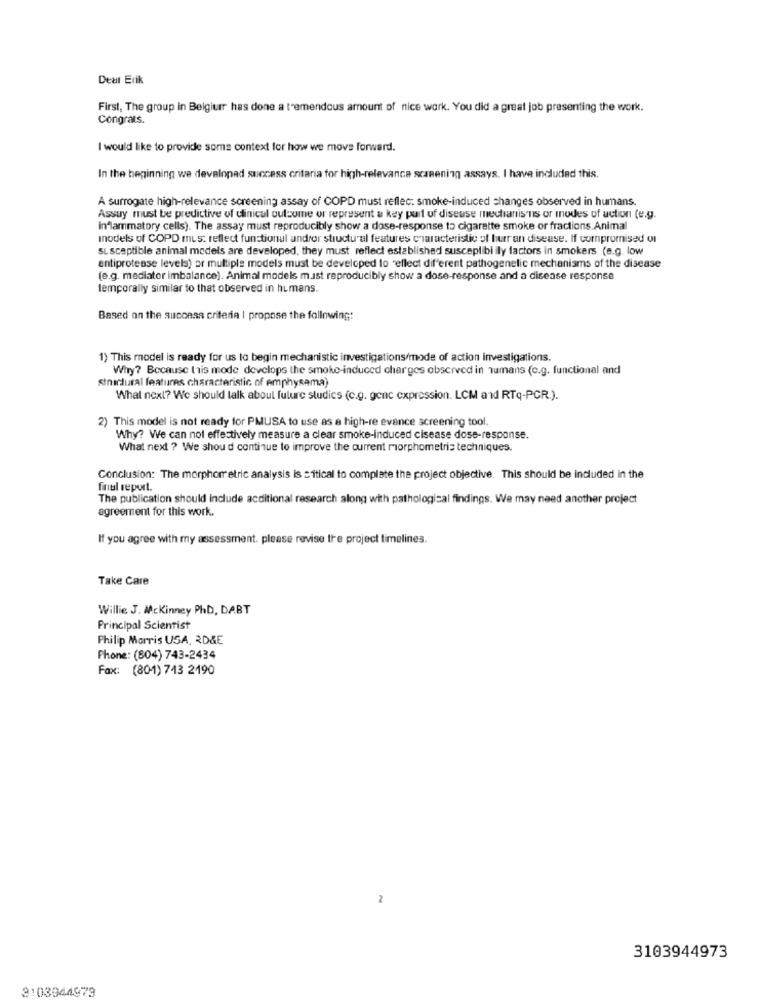
Dear Erik
First, The group in Belgiumr has done a tremendous amount of nice work. You did a great job presenting the work.
Congrats.
I would like to provide some context for how we move forward.
In the beginning we developad success criteria for high-relevance scanening assays. I have included this.
A surrogate high-relevance screening assay of COPD must reflec: smoke-induced changes observed in humans.
Assuy must be predictive of clinical outcome or represent a key part of disease mechanisms or modes of action (e.g.
inflammatory cells). The assay must reproducibly show a dose-response to cigarette smoke or fractions. Animal
Inodels of COPD mus: reflect functionul andrer structural features characteristic of hur an disease. If compromised of
Susceptible animal models are developed, they must reflect established susceplibi ily factors in smokers (e.g. low
antiprotease levels) or multiple models must be developed to reflect different pathogenelic mechanisms of the disease
(e.g. mediator imbalance). Animal models mast reproducibly show a dose-response and a disease response
temporally similar to that observed in humans.
Based on the success criteria | propose the following:
1) This model is ready for us to begin mechanistic investigations/mode of action investigations.
Why? Because lis mode develops the smoke-induced charges observed in humans (c.g. functional and
structural features characteristic of emphysama)
What next? We should talk about future studies (c.g. gene expression. LCM and RTq-PCR.).
2) This model is not ready for PMUSA to use as a high-re evence screening tool.
Why? We can not effectively measure a clear smoke-induced cisease dose-response.
What next ? We should continue to improve the current morphometris techniques.
Conclusion: The morphorretric analysis is :itical to complete the project objective. This should be included in the
final report.
The publication should include acditional research along with pathological findings. We may need another project
agreement for this work.
If you agree with my assessment. please revise the project timelines.
Take Care
Willie J. Mckinney PhD, DABT
Principal Scientist
Philip Morris USA, RD&E
Phone: (804) 743-2434
Fax: (801) 743 2190
2
3103944973
3:03944979